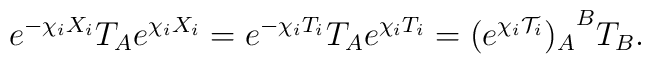
e^{-\chi_i X_i} T_A e^{\chi_i X_i} = e^{-\chi_i T_i} T_A e^{\chi_i T_i} = {(e^{\chi_i {\cal T}_i})_A}^B T_B.